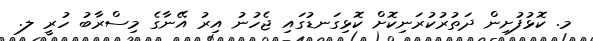
މ. ކޮޅުފުށިން ދަތުރުކުރަނިކޮށް ކޮޅިގަނޑުގައި ޖެހުނު އިރު އޭނާގެ މިސްރާބު ހުރީ ލ.